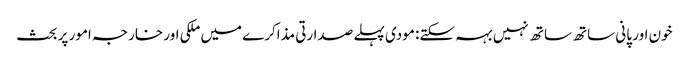
خون اور پانی ساتھ ساتھ نہیں بہہ سکتے: مودی	 پہلے صدارتی مذاکرے میں ملکی اور خارجہ امور پر بحث